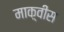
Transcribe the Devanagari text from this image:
माक़्वीस